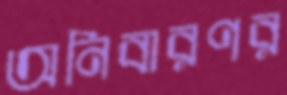
অনিবারণর